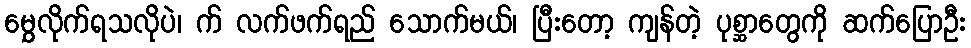
မွှေလိုက်ရသလိုပဲ၊ က် လက်ဖက်ရည် သောက်မယ်၊ ပြီးတော့ ကျန်တဲ့ ပုစ္ဆာတွေကို ဆက်ပြောဦး